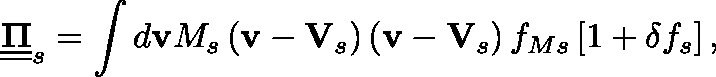
\underline { { \underline { { \mathbf { \Pi } } } } } _ { s } = \int d \mathbf { v } M _ { s } \left( \mathbf { v } - \mathbf { V } _ { s } \right) \left( \mathbf { v } - \mathbf { V } _ { s } \right) f _ { M s } \left[ 1 + \delta f _ { s } \right] ,